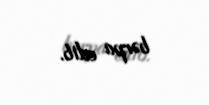
bərpa edib.